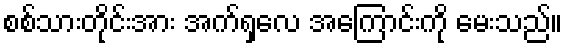
စစ်သားတိုင်းအား အက်ရှလေ အကြောင်းကို မေးသည်။